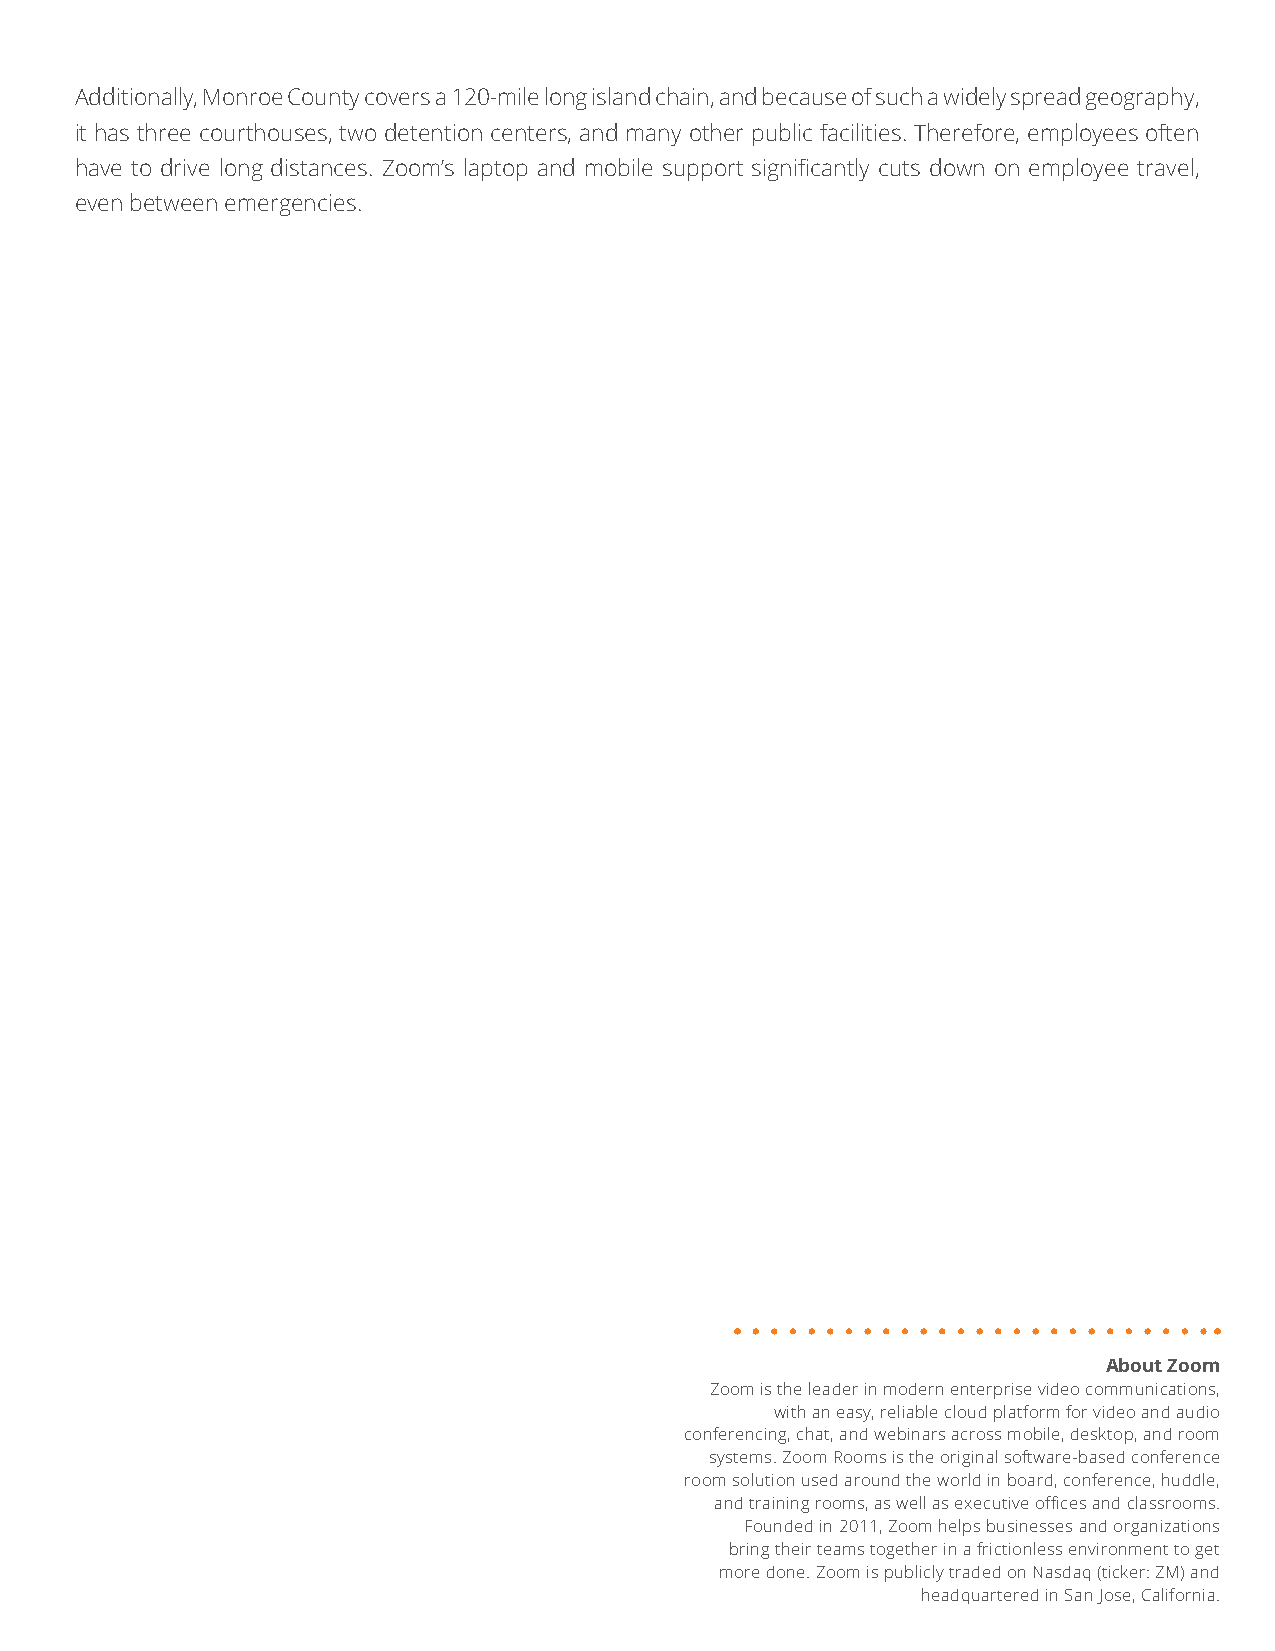
Additionally, Monroe County covers a 120-mile long island chain, and because of such a widely spread geography,
 it has three courthouses, two detention centers, and many other public facilities. Therefore, employees often
 have to drive long distances. Zoom’s laptop and mobile support significantly cuts down on employee travel,
 even between emergencies.
 About Zoom
 Zoom is the leader in modern enterprise video communications,
 with an easy, reliable cloud platform for video and audio
 conferencing, chat, and webinars across mobile, desktop, and room
 systems. Zoom Rooms is the original software-based conference
 room solution used around the world in board, conference, huddle,
 and training rooms, as well as executive offices and classrooms.
 Founded in 2011, Zoom helps businesses and organizations
 bring their teams together in a frictionless environment to get
 more done. Zoom is publicly traded on Nasdaq (ticker: ZM) and
 headquartered in San Jose, California.